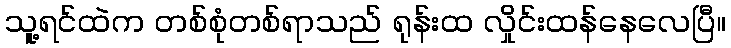
သူ့ရင်ထဲက တစ်စုံတစ်ရာသည် ရုန်းထ လှိုင်းထန်နေလေပြီ။